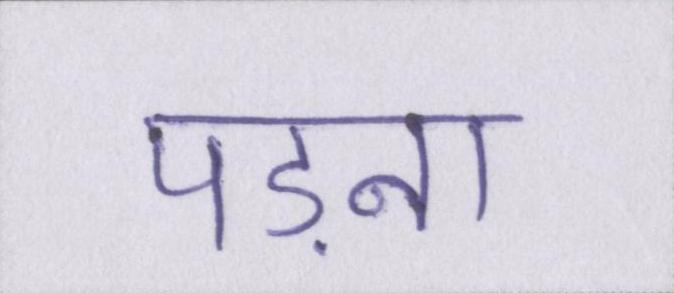
पड़ना